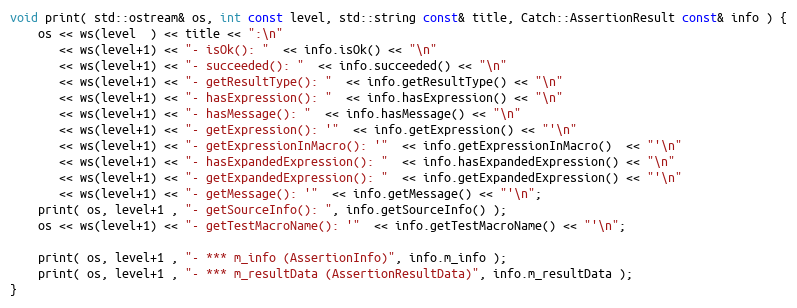
Language: C++
void print( std::ostream& os, int const level, std::string const& title, Catch::AssertionResult const& info ) {
    os << ws(level  ) << title << ":\n"
       << ws(level+1) << "- isOk(): "  << info.isOk() << "\n"
       << ws(level+1) << "- succeeded(): "  << info.succeeded() << "\n"
       << ws(level+1) << "- getResultType(): "  << info.getResultType() << "\n"
       << ws(level+1) << "- hasExpression(): "  << info.hasExpression() << "\n"
       << ws(level+1) << "- hasMessage(): "  << info.hasMessage() << "\n"
       << ws(level+1) << "- getExpression(): '"  << info.getExpression() << "'\n"
       << ws(level+1) << "- getExpressionInMacro(): '"  << info.getExpressionInMacro()  << "'\n"
       << ws(level+1) << "- hasExpandedExpression(): "  << info.hasExpandedExpression() << "\n"
       << ws(level+1) << "- getExpandedExpression(): "  << info.getExpandedExpression() << "'\n"
       << ws(level+1) << "- getMessage(): '"  << info.getMessage() << "'\n";
    print( os, level+1 , "- getSourceInfo(): ", info.getSourceInfo() );
    os << ws(level+1) << "- getTestMacroName(): '"  << info.getTestMacroName() << "'\n";

    print( os, level+1 , "- *** m_info (AssertionInfo)", info.m_info );
    print( os, level+1 , "- *** m_resultData (AssertionResultData)", info.m_resultData );
}